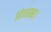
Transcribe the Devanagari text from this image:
डिवाइस।